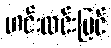
ဟင်းလင်းပြင်